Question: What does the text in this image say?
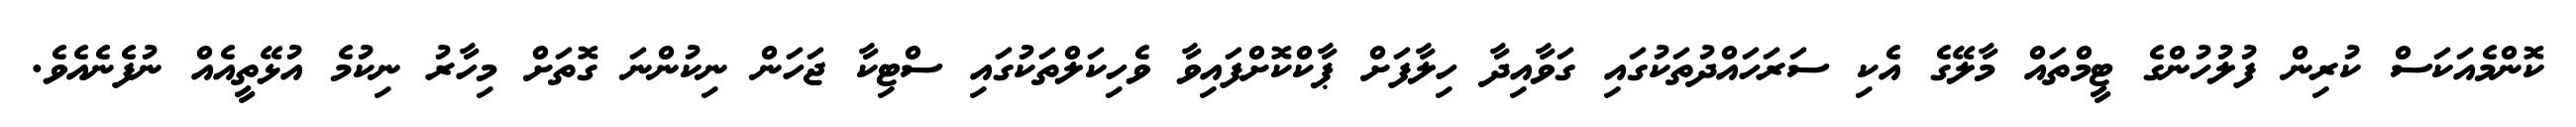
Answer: ކޮންމެއަކަސް ކުރިން ފުލުހުންގެ ޓީމްތައް މާލޭގެ އެކި ސަރަހައްދުތަކުގައި ގަވާއިދާ ހިލާފަށް ޕާކްކޮށްފައިވާ ވެހިކަލްތަކުގައި ސްޓިކާ ޖަހަން ނިކުންނަ ގޮތަށް މިހާރު ނިކުމެ އުޅޭތީއެއް ނުފެނެއެވެ.